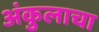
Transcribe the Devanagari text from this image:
अंकुलाचा